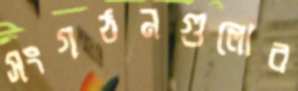
সংগঠনগুলোর